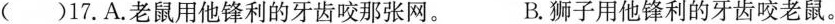
()17.A.老鼠用他锋利的牙齿咬那张网。 B.狮子用他锋利的牙齿咬老鼠。